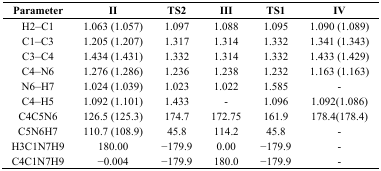
<table><thead><tr><td><b>Parameter</b></td><td><b>II</b></td><td><b>TS2</b></td><td><b>III</b></td><td><b>TS1</b></td><td><b>IV</b></td></tr></thead><tbody><tr><td>H2–C1</td><td>1.063 (1.057)</td><td>1.097</td><td>1.088</td><td>1.095</td><td>1.090 (1.089)</td></tr><tr><td>C1–C3</td><td>1.205 (1.207)</td><td>1.317</td><td>1.314</td><td>1.332</td><td>1.341 (1.343)</td></tr><tr><td>C3–C4</td><td>1.434 (1.431)</td><td>1.332</td><td>1.314</td><td>1.332</td><td>1.433 (1.429)</td></tr><tr><td>C4–N6</td><td>1.276 (1.286)</td><td>1.236</td><td>1.238</td><td>1.232</td><td>1.163 (1.163)</td></tr><tr><td>N6–H7</td><td>1.024 (1.039)</td><td>1.023</td><td>1.022</td><td>1.585</td><td>-</td></tr><tr><td>C4–H5</td><td>1.092 (1.101)</td><td>1.433</td><td>-</td><td>1.096</td><td>1.092(1.086)</td></tr><tr><td>C4C5N6</td><td>126.5 (125.3)</td><td>174.7</td><td>172.75</td><td>161.9</td><td>178.4(178.4)</td></tr><tr><td>C5N6H7</td><td>110.7 (108.9)</td><td>45.8</td><td>114.2</td><td>45.8</td><td>-</td></tr><tr><td>H3C1N7H9</td><td>180.00</td><td>−179.9</td><td>0.00</td><td>−179.9</td><td>-</td></tr><tr><td>C4C1N7H9</td><td>−0.004</td><td>−179.9</td><td>180.0</td><td>−179.9</td><td>-</td></tr></tbody></table>